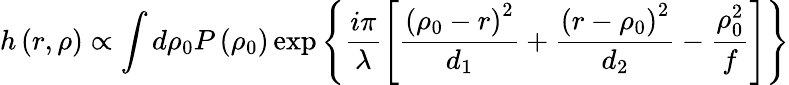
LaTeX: h\left({r},{\rho}\right)\propto\int d{\rho}_{0}P\left({\rho}_{0}\right)\exp\Bigg\{ \frac{i\pi}{\lambda}\left[\frac{\left({\rho}_{0}-{r}\right)^{2}}{d_{1}}+\frac{\left({r}-{\rho}_{0}\right)^{2}}{d_{2}}-\frac{{\rho}_{0}^{2}}{f}\right]\Bigg\}